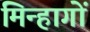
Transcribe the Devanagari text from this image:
मिन्हागों